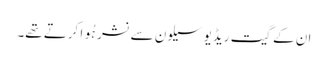
ان کے گیت ریڈیو سیلون سے نشر ہُوا کرتے تھے۔